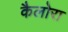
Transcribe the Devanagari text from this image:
कैलोरा